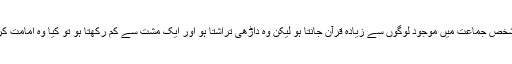
اگر کوئی شخص جماعت میں موجود لوگوں سے زیادہ قرآن جانتا ہو لیکن وہ داڑھی تراشتا ہو اور ایک مشت سے کم رکھتا ہو تو کیا وہ امامت کرسکتا ہے؟